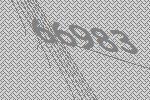
66983